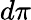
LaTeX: d\pi